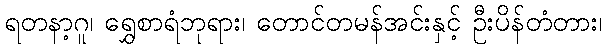
ရတနာ့ဂူ၊ ရွှေစာရံဘုရား၊ တောင်တမန်အင်းနှင့် ဦးပိန်တံတား၊